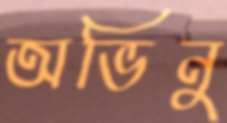
অভিনু